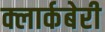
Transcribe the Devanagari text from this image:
क्लार्कबेरी